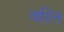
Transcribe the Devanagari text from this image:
वस़्ति